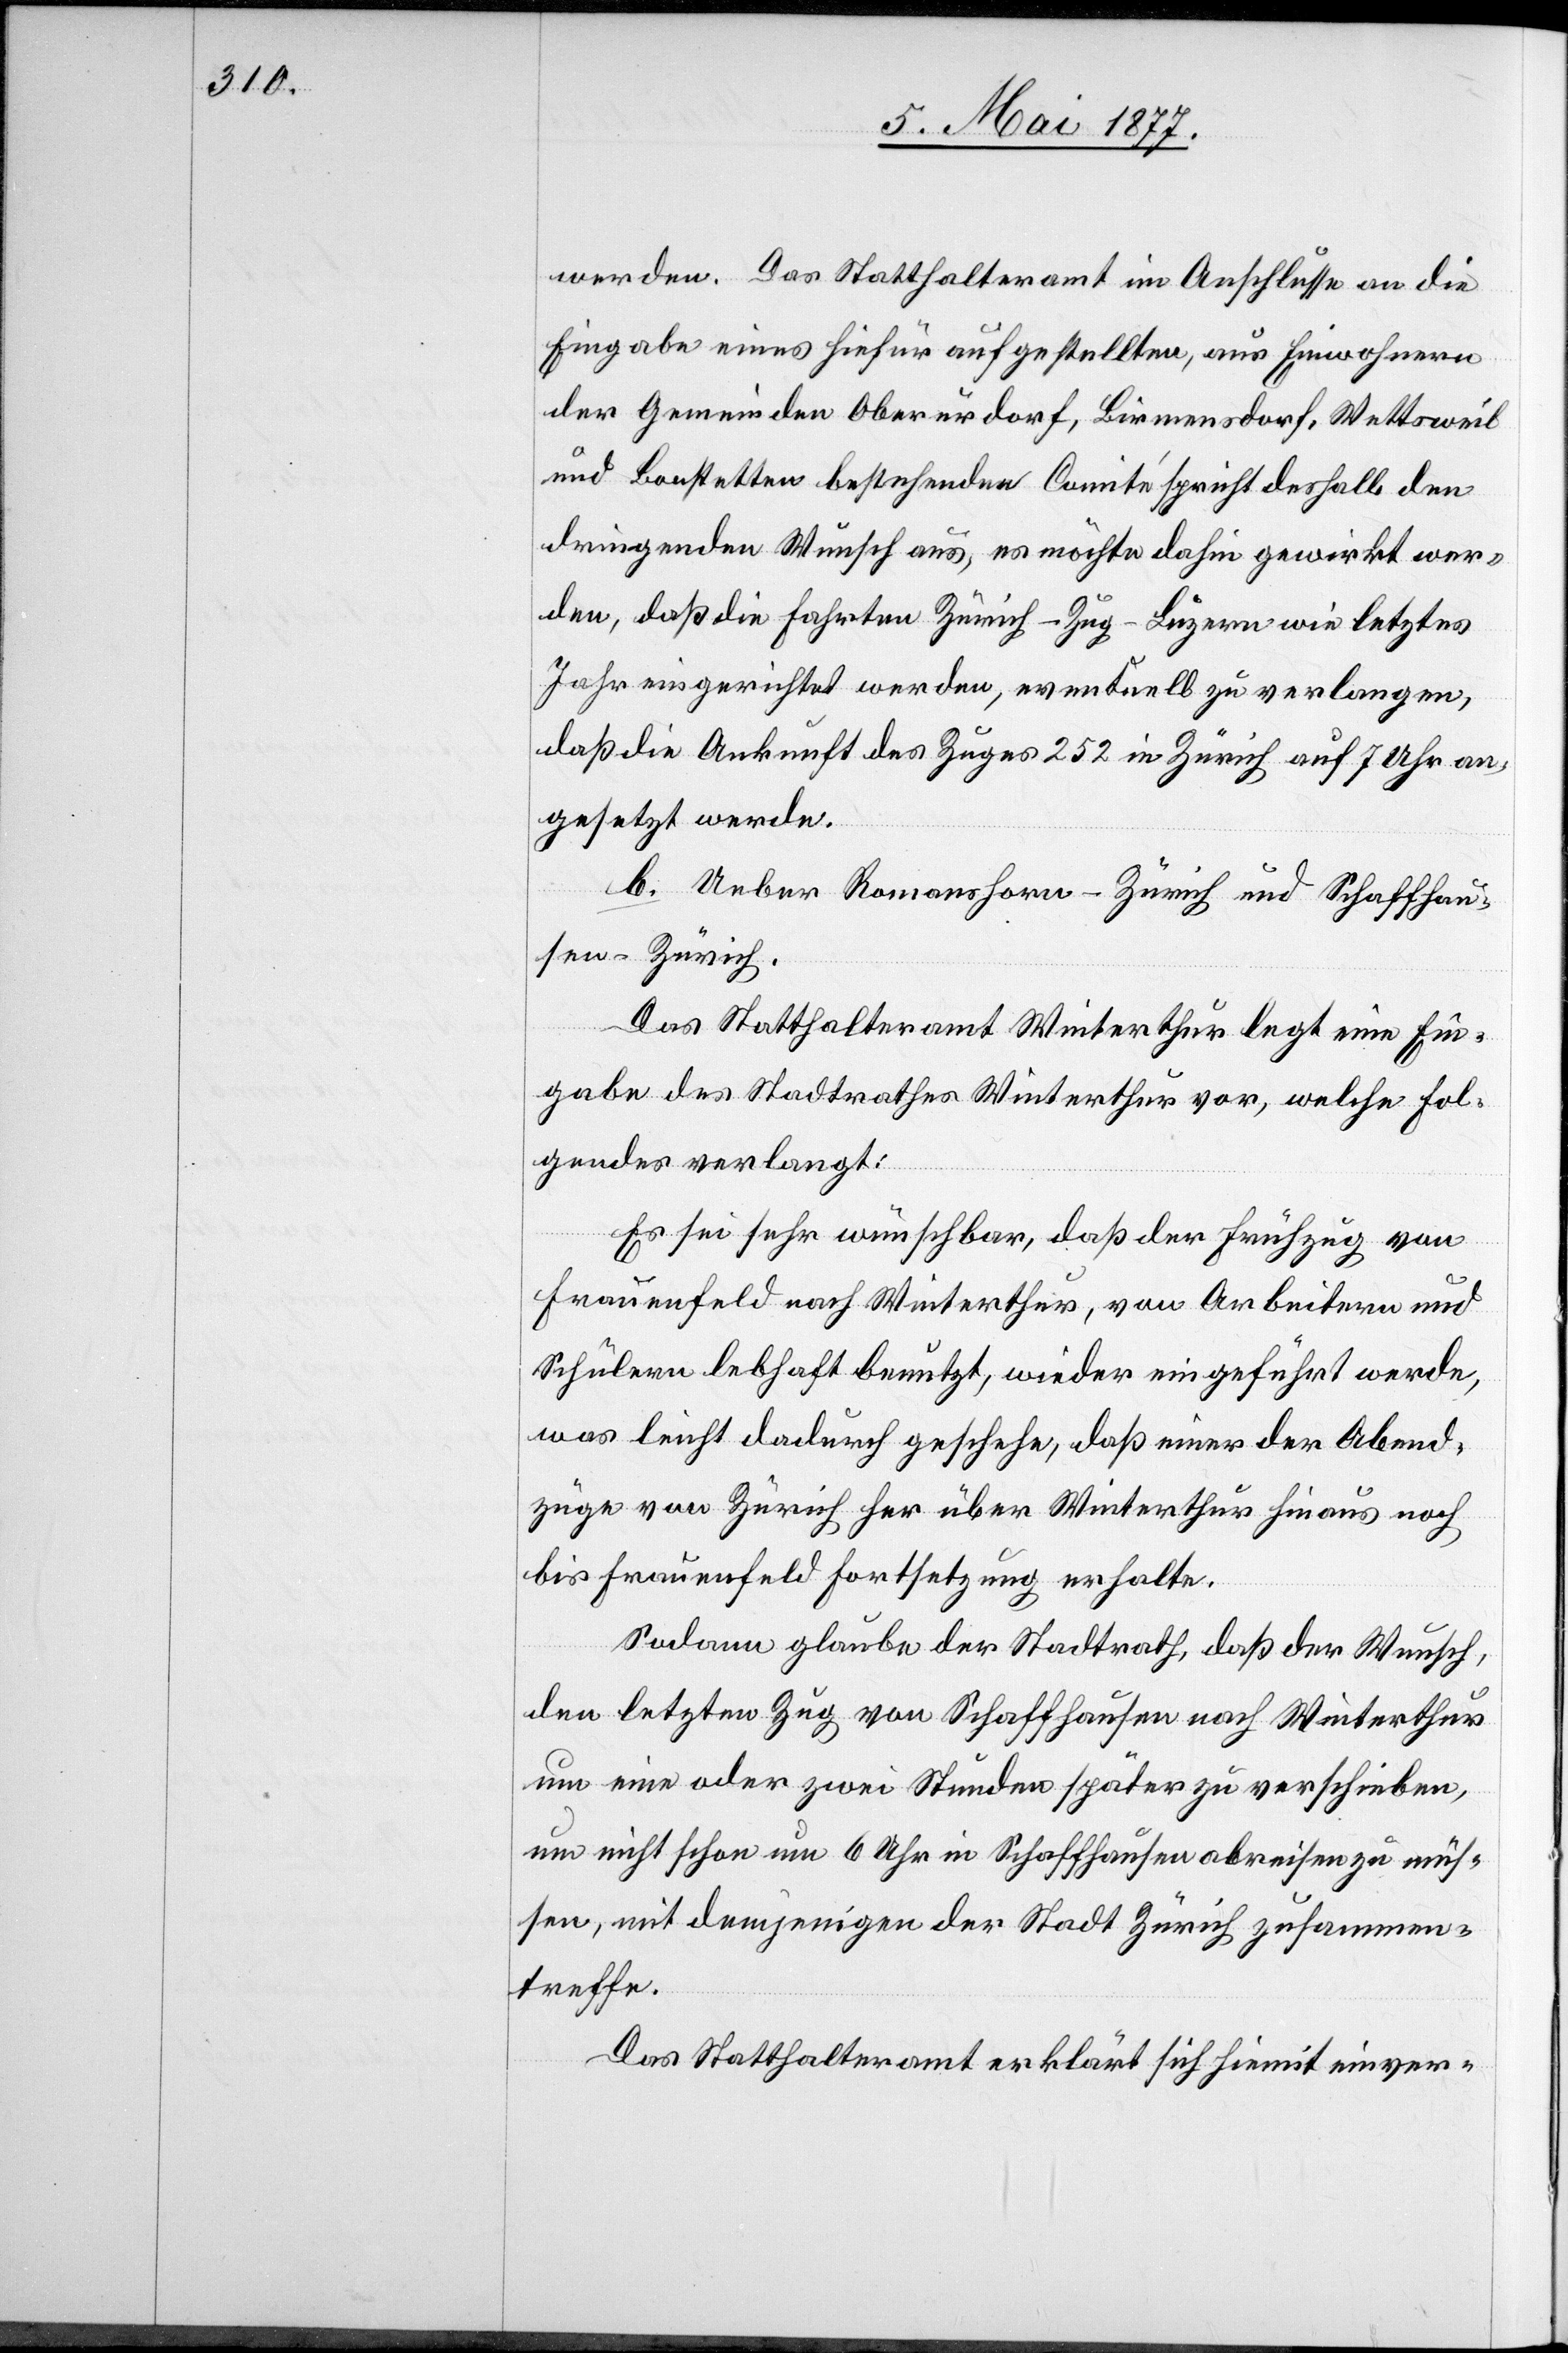
werden. Das Statthalteramt im Anschlusse an die
Eingabe eines hiefür aufgestellten, aus Einwohnern
der Gemeinden Oberurdorf, Birmensdorf, Wettsweil
und Bonstetten bestehende Comité spricht deshalb den
dringenden Wunsch aus, es möchte dahin gewirkt wer¬
den, daß die Fahrten Zürich–Zug–Luzern wie letztes
Jahr eingerichtet werden, eventuell zu verlangen,
daß die Ankunft des Zuges 252 in Zürich auf 7 Uhr an¬
gesetzt werde.
b. Ueber Romanshorn–Zürich und Schaffhau¬
sen–Zürich.
Das Statthalteramt Winterthur legt eine Ein¬
gabe des Stadtrathes Winterthur vor, welche Fol¬
gendes verlangt:
Es sei sehr wünschbar, daß der Frühzug von
Frauenfeld nach Winterthur, von Arbeitern und
Schülern lebhaft benutzt, wieder eingeführt werde,
was leicht dadurch geschehe, daß einer der Abend¬
züge von Zürich her über Winterthur hinaus noch
bis Frauenfeld Fortsetzung erhalte.
Sodann glaube der Stadtrath, daß der Wunsch,
den letzten Zug von Schaffhausen nach Winterthur
um eine oder zwei Stunden später zu verschieben,
um nicht schon um 6 Uhr in Schaffhausen abreisen zu müs¬
sen, mit demjenigen der Stadt Zürich zusammen¬
treffe.
Das Statthalteramt erklärt sich hiemit einver-